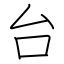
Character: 台